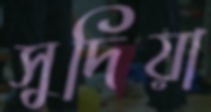
সুদিয়া